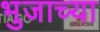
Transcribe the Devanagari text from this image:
भुजाच्या